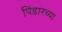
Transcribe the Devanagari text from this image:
पिंडारच्या